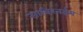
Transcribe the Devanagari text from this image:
साबिरनईम